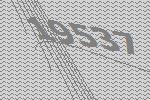
19537